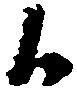
候